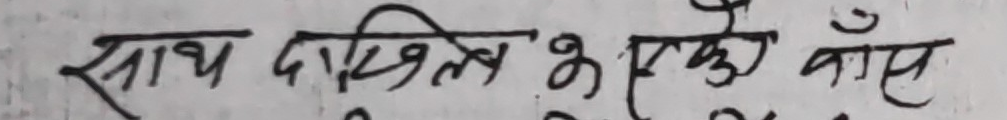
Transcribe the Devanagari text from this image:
साथ दाखिले हेतु काँस